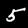
Digit: 5